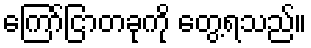
ကြော်ငြာတခုကို တွေ့ရသည်။